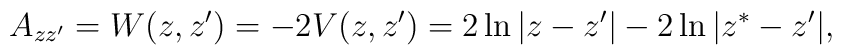
A_{zz'}=W(z,z^\prime)=-2 V(z,z')=2\ln |z-z^\prime| -2\ln |z^*-z^\prime|,